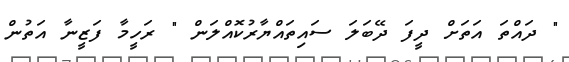
" ދައްތަ އަތަށް ދީފަ ދޭބަލަ ސައިތައްޔާރުކޮއްލަން " ރަހީމާ ފަޒީނާ އަތުން